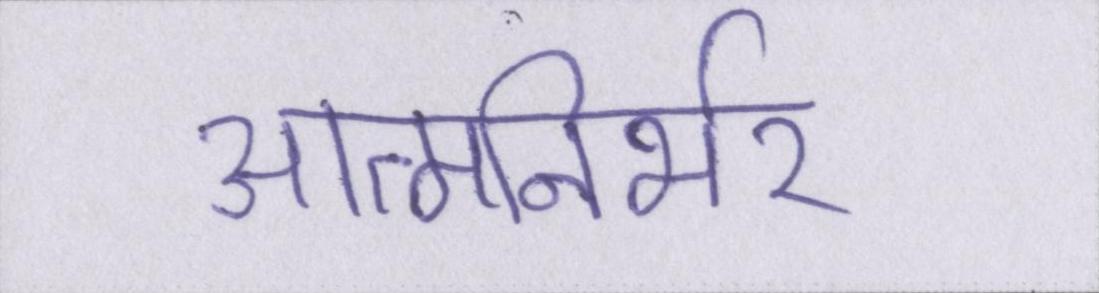
आत्मनिर्भर